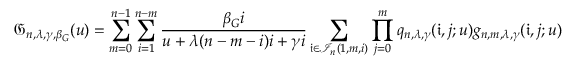
\mathfrak { G } _ { n , \lambda , \gamma , \beta _ { G } } ( u ) = \sum _ { m = 0 } ^ { n - 1 } \sum _ { i = 1 } ^ { n - m } \frac { \beta _ { G } i } { u + \lambda ( n - m - i ) i + \gamma i } \sum _ { \mathfrak { i } \in \mathcal { I } _ { n } ( 1 , m , i ) } \prod _ { j = 0 } ^ { m } q _ { n , \lambda , \gamma } ( \mathfrak { i } , j ; u ) g _ { n , m , \lambda , \gamma } ( \mathfrak { i } , j ; u )